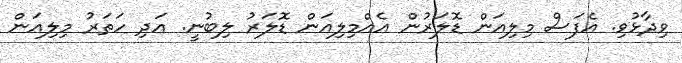
ވިދާޅުވި. އެފަސް މިލިއަން ޑޮލަރުން އެއްމިލިއަން ޑޮލަރު ލިބުނީ. އަދި ހަތަރު މިލިއަން